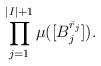
LaTeX: \begin{align*}\prod_{j=1}^{|I|+1}\mu([B_j^{\bar r_j}]).\end{align*}